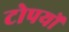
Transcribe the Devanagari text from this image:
टोपयों